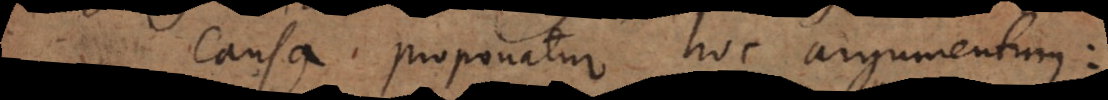
causa, proponatur hoc argumentum: